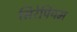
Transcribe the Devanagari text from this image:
सिरेपियम